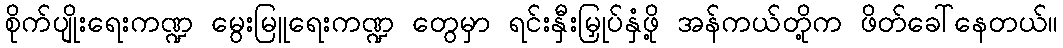
စိုက်ပျိုးရေးကဏ္ဍ မွေးမြူရေးကဏ္ဍ တွေမှာ ရင်းနှီးမြှုပ်နှံဖို့ အန်ကယ်တို့က ဖိတ်ခေါ်နေတယ်။